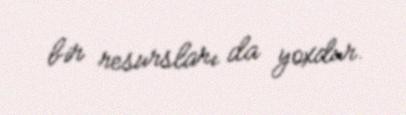
bir resursları da yoxdur.